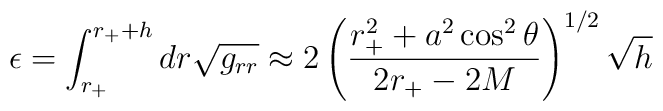
\epsilon = \int_{r_+}^{r_+ + h} dr \sqrt{g_{rr}} \approx 2 \left( \frac{ r_+^2 + a^2 \cos^2 \theta }{ 2 r_+ - 2 M } \right)^{1/2} \sqrt{h}